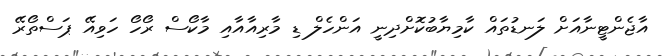
އާޖެންޓީނާއަށް ލަނޑުތައް ކާމިޔާބުކޮށްދިނީ އަންހެލް ޑި މާރިއާއާއި މާކޯސް ރޯހޯ ހަވިއޭ ޕަސްތޯރޭ